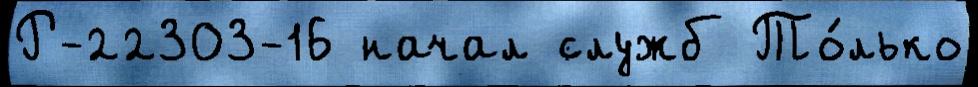
Р-22303-16 начал служб То́лько